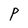
Character: P